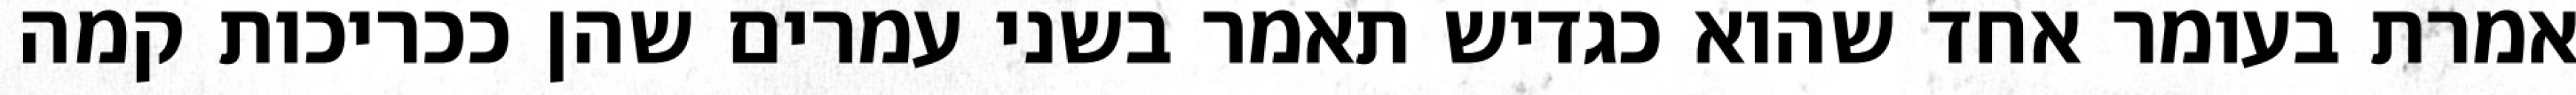
אמרת בעומר אחד שהוא כגדיש תאמר בשני עמרים שהן ככריכות קמה